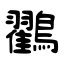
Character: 鸐